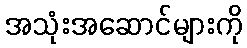
အသုံးအဆောင်များကို